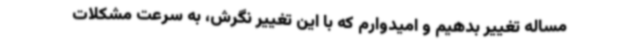
مساله تغییر بدهیم و امیدوارم که با این تغییر نگرش، به سرعت مشکلات